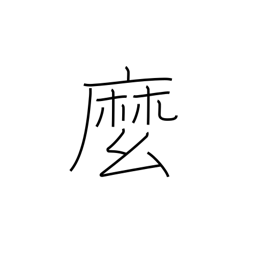
Meaning: rope